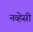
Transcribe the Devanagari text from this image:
नव्हेसी